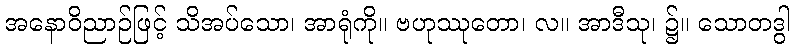
အနောဝိညာဉ်ဖြင့် သိအပ်သော၊ အာရုံကို။ ဗဟုဿုတော၊ လ။ အာဒီသု၊ ၌။ သောတဒွါ